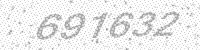
Solution: 691632